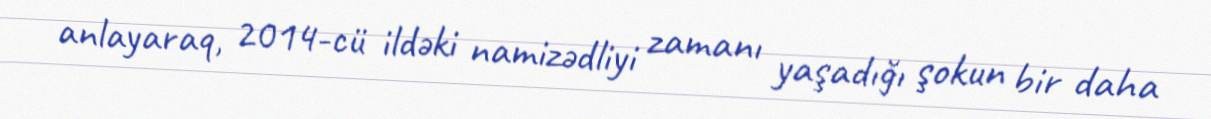
anlayaraq, 2014-cü ildəki namizədliyi zamanı yaşadığı şokun bir daha